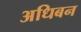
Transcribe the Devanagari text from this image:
अधिबन